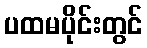
ပထမပိုင်းတွင်